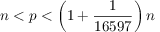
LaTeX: n < p < \left( 1 + { \frac { 1 } { 1 6 5 9 7 } } \right) n